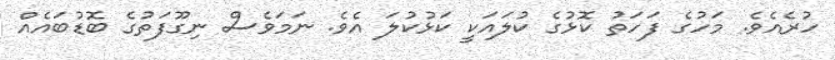
ހުރެއެެވެ. މަހުގެ ފަހަތު ކޮޅުގެ ކުލަައަކީ ކަޅުކުލަ އެވެ. ނަމަވެސް ނިގޫފަތުގެ ބޮޑުބައެއް